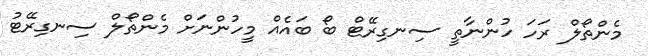
މެންތޯލް ރަހަ ހުންނާތީ ސިނގިރޭޓް ބޯ ބައެއް މީހުންނަށް މެންތޯލް ސިނގިރޭޓު